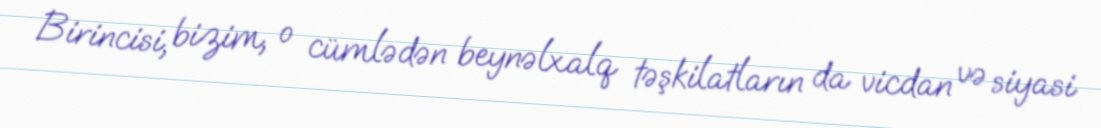
Birincisi, bizim, o cümlədən beynəlxalq təşkilatların da vicdan və siyasi